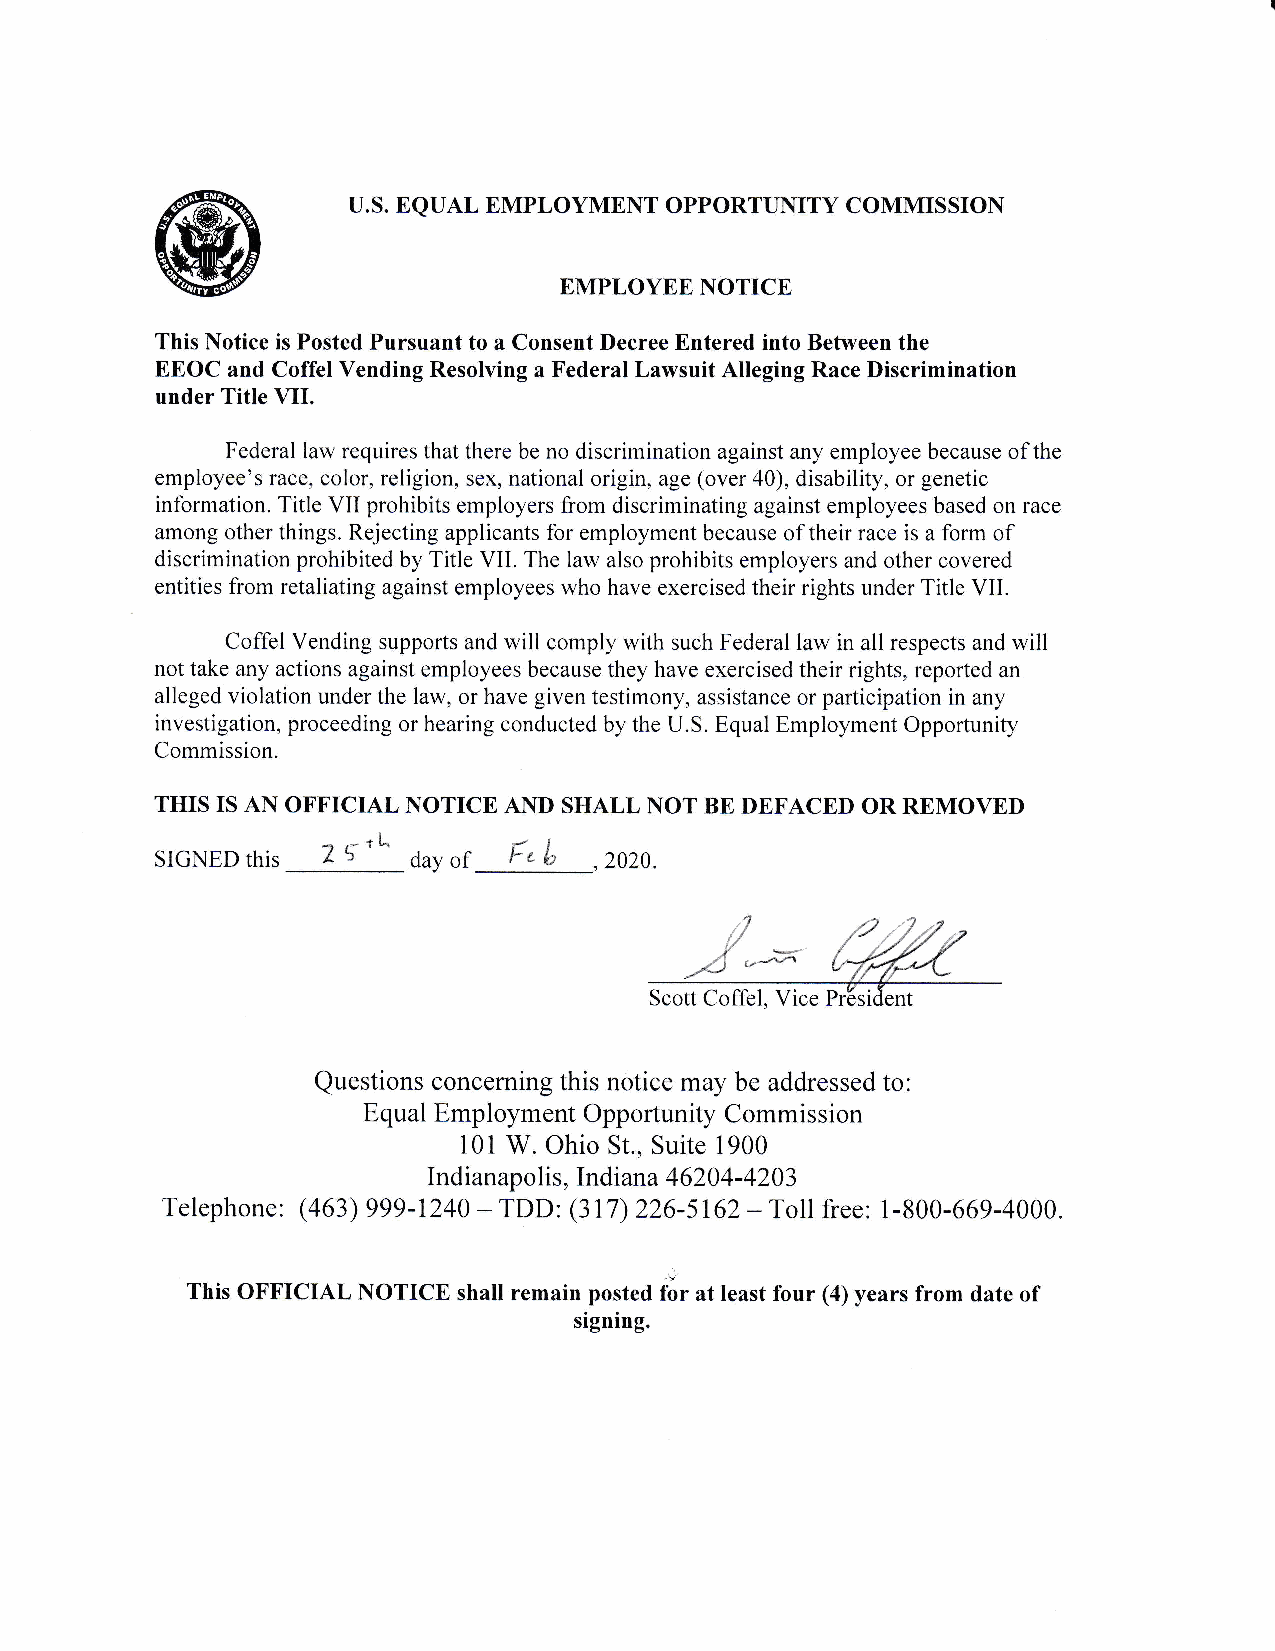
U.S. EQUAL EMPLOYMENT OPPORTUNITY COMMISSION
 EMPLOYEE NOTICE
 This Notice is Posted Pursuant to a Consent Decree Entered into Between the
 EEOC and Coffel Vending Resolving a Federal Lawsuit Alleging Race Discrimination
 under Title VII.
 Federal law requires that there be no discrimination against any employee because of the
 employee's race, color, religion, sex, national origin, age (over 40), disability, or genetic
 information. Title VII prohibits employers from discriminating against employees based on race
 among other things. Rejecting applicants for employment because of their race is a form of
 discrimination prohibited by Title VIL The law also prohibits employers and other covered
 entities from retaliating against employees who have exercised their rights under Title VIL
 Coffel Vending supports and will comply with such Federal law in all respects and will
 not take any actions against employees because they have exercised their rights, reported an
 alleged violation under the law, or have given testimony, assistance or participation in any
 investigation, proceeding or hearing conducted by the U.S. Equal Employment Opportunity
 Commission.
 THIS IS AN OFF'ICIAL NOTICE AIID SHALL NOT BE DEFACED OR REMOVED
 SIGNED this
 7 E't^
 day
 ol' tl--- . ;i,
 .2020.
 Scott Coffel, Vice Pr6siclent
 Questions concerning this notice may be addressed to:
 Equal Employment Opportunity Commission
 l0l
 W. Ohio St., Suite 1900
 Indianapolis, Indian a 46204-4203
 Telephone $63) 999-1240 - TDD: (317) 226-5162 - Toll free: 1-800-669-4000.
 This OFFICIAL NOTICE shall remain posted for at least four (4) years from date of
 signing.